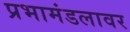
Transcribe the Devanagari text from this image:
प्रभामंडलावर